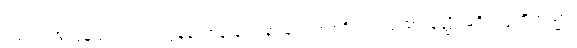
ဥတ္တရံ၊ အလွန်သည်။ ဝါ၊ လွန်သောရှုခြင်း နာခြင်း အစရှိသည်သည်။ နတ္ထိ၊ မရှိ။ ဣတိတသ္မာ၊